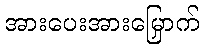
အားပေးအားမြှောက်